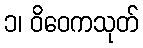
၁၊ ဝိဝေကသုတ်